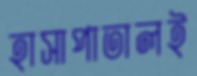
হাসাপাতালই